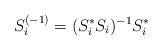
LaTeX: \begin{align*}S_i^{(-1)} = (S_i^* S_i)^{-1} S_i^*\end{align*}